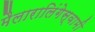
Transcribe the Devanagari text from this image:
मैलारालिंगेस्वामी